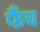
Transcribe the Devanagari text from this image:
फैंच